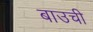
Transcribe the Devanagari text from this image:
बाउची